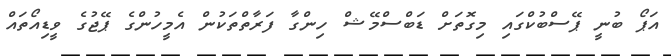
އަޕޯ ބުނީ ޕޭސްބުކްގައި މިގޮތަށް ޑަބްސްމޭޝް ހިންގާ ފަރާތްތަކުން އެމީހުންގެ ޕޭޖުގެ ވީޑިއޯތައް